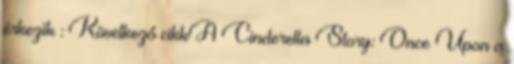
érkezik : Következő cikkA Cinderella Story: Once Upon a